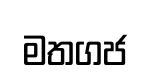
මතගජ